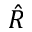
\hat { R }